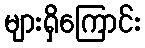
များရှိကြောင်း